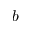
b